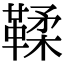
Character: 鞣